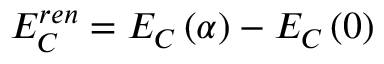
E _ { C } ^ { r e n } = E _ { C } \left( \alpha \right) - E _ { C } \left( 0 \right)